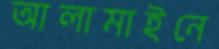
আলামাইনে